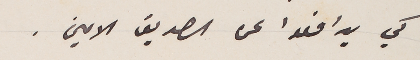
كي يدافعوا عن الصديق الامين.